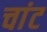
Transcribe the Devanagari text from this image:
चांट